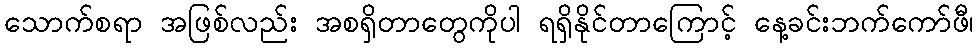
သောက်စရာ အဖြစ်လည်း အစရှိတာတွေကိုပါ ရရှိနိုင်တာကြောင့် နေ့ခင်းဘက်ကော်ဖီ၊